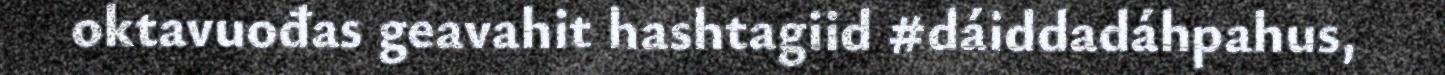
oktavuođas geavahit hashtagiid #dáiddadáhpahus,